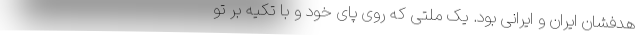
هدفشان ایران و ایرانی بود. یک ملتی که روی پای خود و با تکیه بر تو